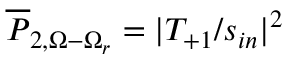
\overline { { P } } _ { 2 , \Omega - \Omega _ { r } } = | T _ { + 1 } / s _ { i n } | ^ { 2 }